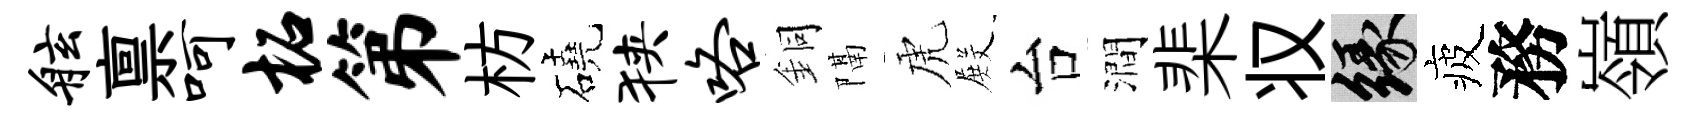
舷禀呵柘第枋磽狭咯銅隔虎𭮺台澗棐𠬧緣疲務嶺